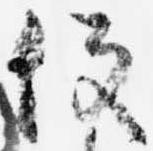
役